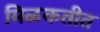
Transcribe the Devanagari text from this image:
मिळकतीत